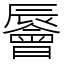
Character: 䢈